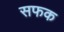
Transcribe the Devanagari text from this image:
सफक